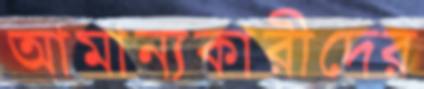
আমান্যকারীদের